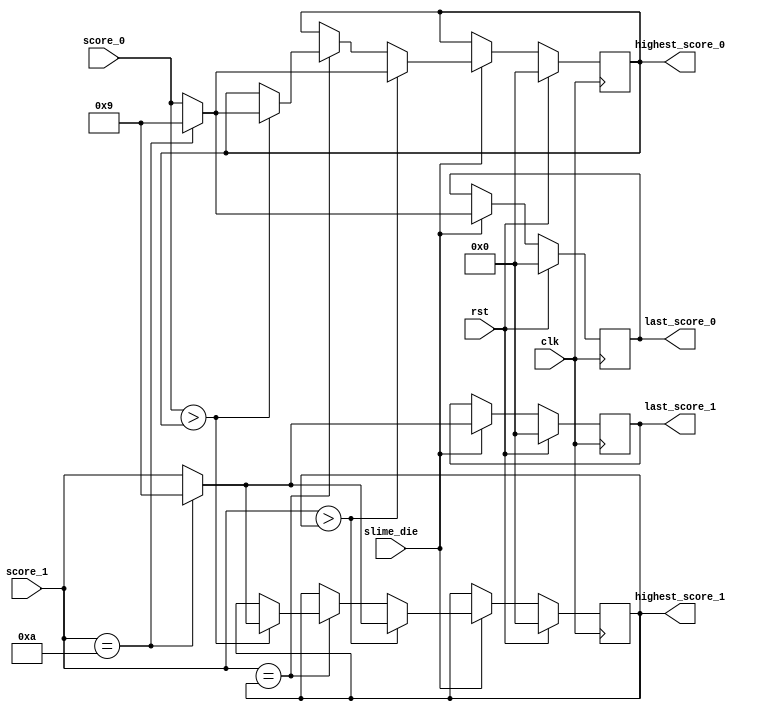
module record(
    input [3:0] score_0,
    input [3:0] score_1,
    input rst,
    input slime_die,
    input clk,
    output reg [3:0] last_score_0,
    output reg [3:0] last_score_1,
    output reg [3:0] highest_score_0,
    output reg [3:0] highest_score_1
);

    always @ (posedge clk) begin
        if (rst) begin
            last_score_0 <= 4'd0;
            last_score_1 <= 4'd0;
            highest_score_0 <= 4'd0;
            highest_score_1 <= 4'd0;
        end
        else if (slime_die) begin
            last_score_0 <= (score_1 == 4'd10) ? 4'd9 : score_0;
            last_score_1 <= (score_1 == 4'd10) ? 4'd9 : score_1;
            if (score_1 > highest_score_1) begin
                highest_score_0 <= (score_1 == 4'd10) ? 4'd9 : score_0;
                highest_score_1 <= (score_1 == 4'd10) ? 4'd9 : score_1;
            end
            else if (score_1 == highest_score_1) begin
                if (score_0 > highest_score_0) begin
                    highest_score_0 <= (score_1 == 4'd10) ? 4'd9 : score_0;
                    highest_score_1 <= (score_1 == 4'd10) ? 4'd9 : score_1;
                end
                else begin
                    highest_score_0 <= highest_score_0;
                    highest_score_1 <= highest_score_1;
                end
            end
            else begin
                highest_score_0 <= highest_score_0;
                highest_score_1 <= highest_score_1;
            end
        end
        else begin
            last_score_0 <= last_score_0;
            last_score_1 <= last_score_1;
            highest_score_0 <= highest_score_0;
            highest_score_1 <= highest_score_1;
        end
    end

endmodule